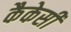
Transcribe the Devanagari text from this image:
कैकेसी